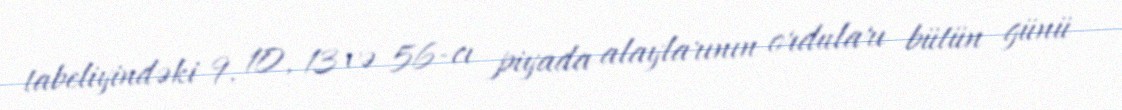
tabeliyindəki 9, 10, 13 və 56-cı piyada alaylarının orduları bütün günü